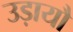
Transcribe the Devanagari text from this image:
उड़ायौ